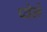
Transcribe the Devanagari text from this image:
प्वेने